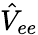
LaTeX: \hat{V}_{ee}